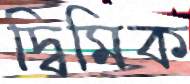
দ্বিমিক